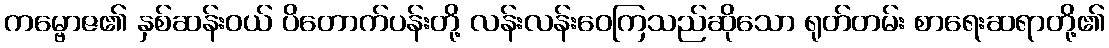
ကမ္ဗောဇ၏ နှစ်ဆန်းဝယ် ပိတောက်ပန်းတို့ လန်းလန်းဝေကြသည်ဆိုသော ရုတ်တမ်း စာရေးဆရာတို့၏